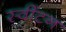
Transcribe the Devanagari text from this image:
स्वींटन